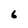
Character: 6